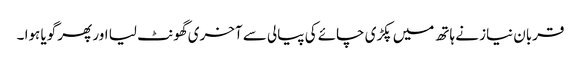
قربان نیاز نے ہاتھ میں پکڑی چائے کی پیالی سے آخری گھونٹ لیا اور پھر گویا ہوا ۔